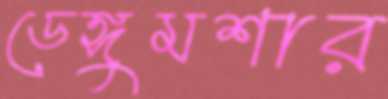
ডেঙ্গুমশার